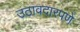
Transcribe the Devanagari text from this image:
उठावदारपणे